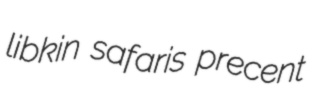
libkin safaris precent